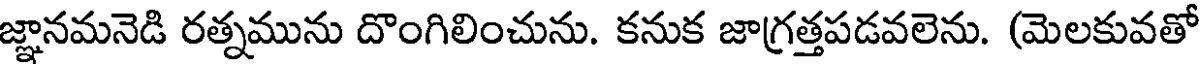
జ్ఞానమనెడి రత్నమును దొంగిలించును. కనుక జాగ్రత్తపడవలెను. (మెలకువతో